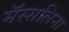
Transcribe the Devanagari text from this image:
मॅस्सलिना